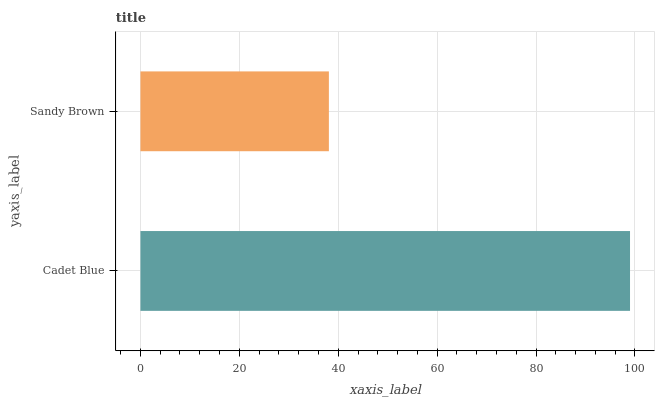
| yaxis_label | bars |
 | --- | --- |
 | Cadet Blue | 99 |
 | Sandy Brown | 38.1 |